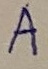
Text: A